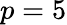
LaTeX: p=5